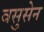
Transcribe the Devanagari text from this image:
वसुसेन